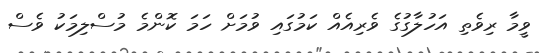
ވީމާ ރިވެތި އަހުލާގުގެ ވެރިއެއް ކަމުގައި ވުމަށް ހަމަ ކޮންމެ މުސްލިމަކު ވެސް